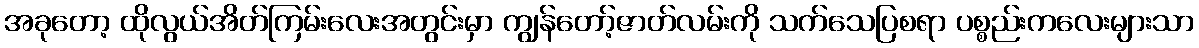
အခုတော့ ထိုလွယ်အိတ်ကြမ်းလေးအတွင်းမှာ ကျွန်တော့်ဇာတ်လမ်းကို သက်သေပြစရာ ပစ္စည်းကလေးများသာ